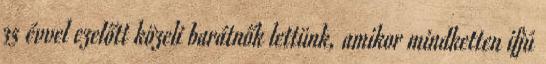
35 évvel ezelőtt közeli barátnők lettünk, amikor mindketten ifjú